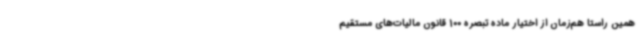
همین راستا هم‌زمان از اختیار ماده تبصره 100 قانون مالیات‌های مستقیم